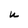
Character: U